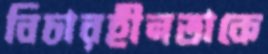
বিচারহীনতাকে